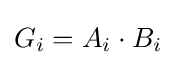
G_{i}=A_{i}\cdot B_{i}